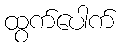
ထွက်ပေါက်